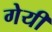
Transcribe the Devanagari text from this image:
गेयी